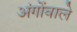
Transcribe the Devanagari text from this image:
अंगोंवाले